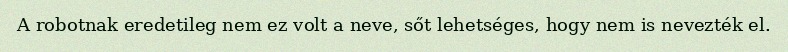
A robotnak eredetileg nem ez volt a neve, sőt lehetséges, hogy nem is nevezték el.